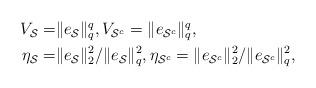
LaTeX: \begin{align*}\begin{aligned}V_{\mathcal S}=&\|e_{\mathcal S}\|_{q}^{q},V_{\mathcal S^c}=\|e_{\mathcal S^c}\|_{q}^{q},\\\eta_{\mathcal S}=&\|e_{\mathcal S}\|_2^2/\|e_{\mathcal S}\|_{q}^2 ,\eta_{\mathcal S^c}=\|e_{\mathcal S^c}\|_2^2/\|e_{\mathcal S^c}\|_{q}^2,\end{aligned}\end{align*}